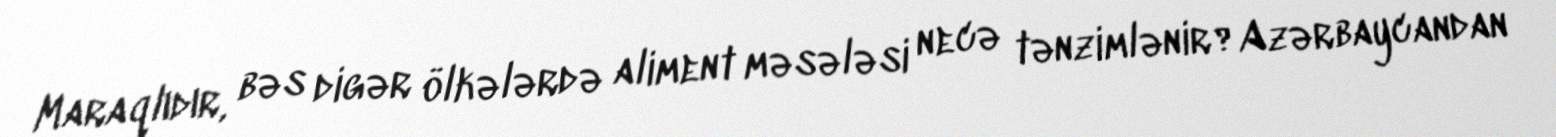
Maraqlıdır, bəs digər ölkələrdə aliment məsələsi necə tənzimlənir?Azərbaycandan